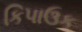
કિપાઉક